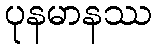
ပုနမာနဿ